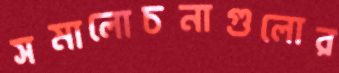
সমালোচনাগুলোর